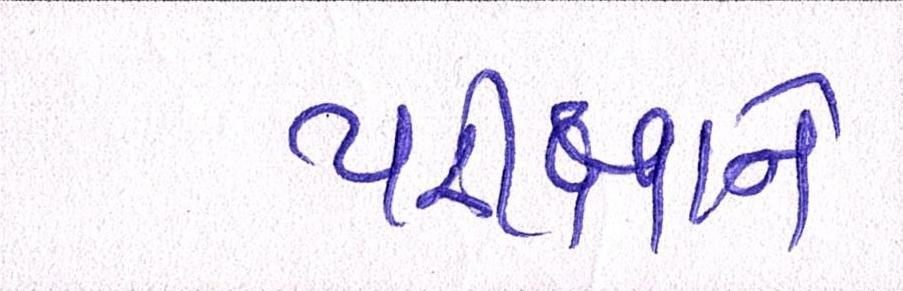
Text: પરીક્ષાને